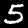
Digit: 5